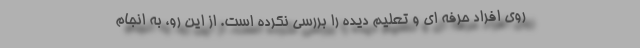
روی افراد حرفه ای و تعلیم دیده را بررسی نکرده است. از این رو، به انجام